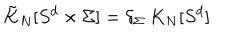
LaTeX: \tilde { K } _ { N } [ S ^ { d } \times \Sigma ] = \delta _ { \Sigma } ~ K _ { N } [ S ^ { d } ]